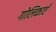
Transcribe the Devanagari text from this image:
गोलिकाएँ